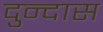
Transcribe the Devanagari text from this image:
दुन्दास